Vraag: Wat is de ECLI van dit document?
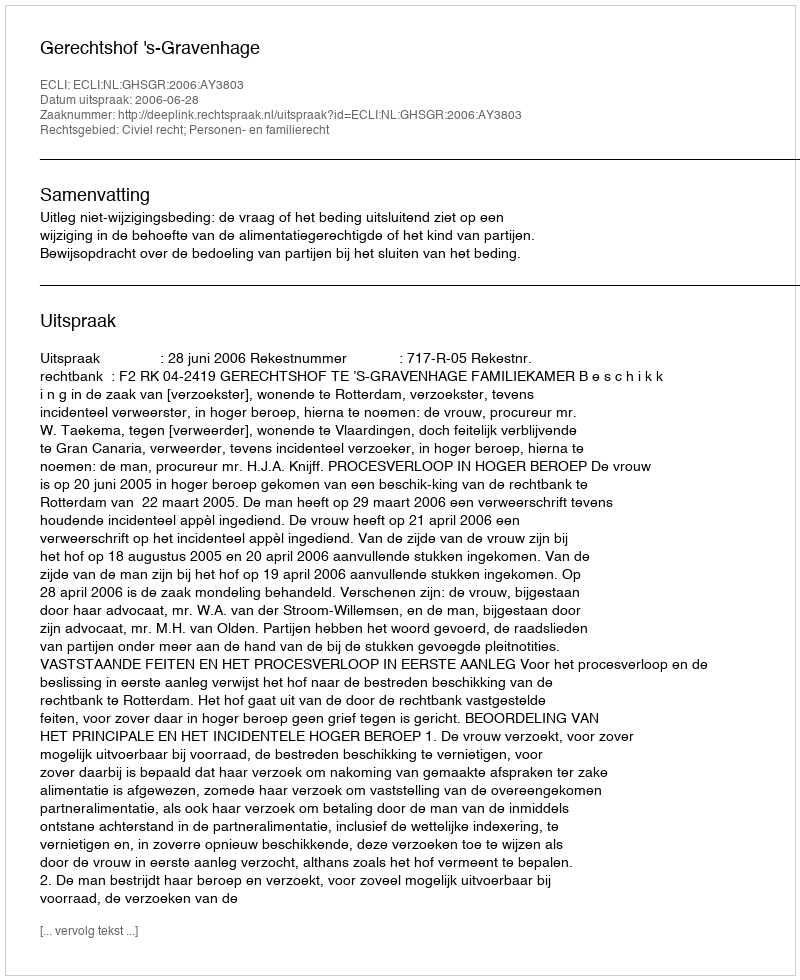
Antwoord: ECLI:NL:GHSGR:2006:AY3803